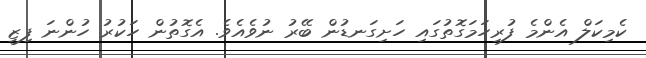
ކެމިކަލް އެންމެ ފުރިހަމަގޮތުގައި ހަށިގަނޑުން ބޭރު ނުވެއެވެ. އެގޮތުން ހަކުރު ހުންނަ ފިޒީ